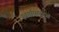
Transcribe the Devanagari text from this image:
स्वर्गाप्सराओं